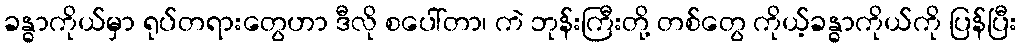
ခန္ဓာကိုယ်မှာ ရုပ်တရားတွေဟာ ဒီလို စပေါ်တာ၊ ကဲ ဘုန်းကြီးတို့ တစ်တွေ ကိုယ့်ခန္ဓာကိုယ်ကို ပြန်ပြီး